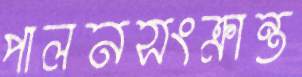
পালনসংক্রান্ত